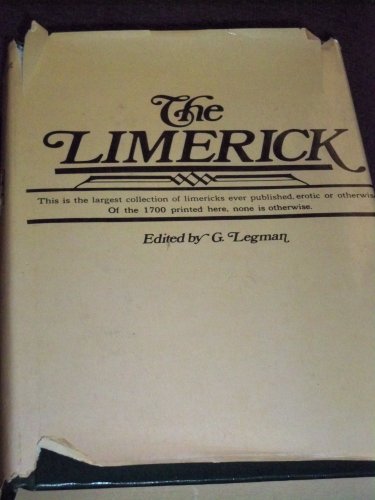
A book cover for The Limerick; G. Legman; Humor & Entertainment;